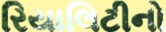
રિયાલિટીનો